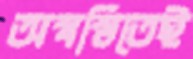
অস্বস্তিতেই